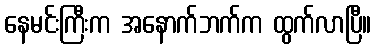
နေမင်းကြီးက အနောက်ဘက်က ထွက်လာပြီ။